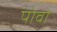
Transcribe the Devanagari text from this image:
पोवो